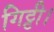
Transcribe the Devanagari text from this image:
गिट्टी।